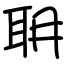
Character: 耼